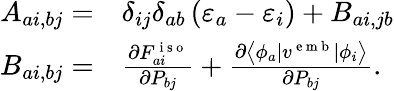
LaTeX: \begin{array}{rl}{A_{ai,bj}=}&{{}\delta_{ij}\delta_{ab}\left(\varepsilon_{a}-\varepsilon_{i}\right)+B_{ai,jb}}\\ {B_{ai,bj}=}&{{}\frac{\partial F_{ai}^{\mathrm{~i~s~o~}}}{\partial P_{bj}}+\frac{\partial\left\langle\phi_{a}|{v}^{\mathrm{~e~m~b~}}|\phi_{i}\right\rangle}{\partial P_{bj}}.}\end{array}